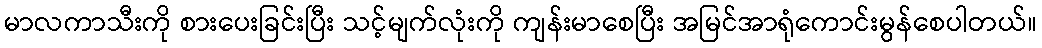
မာလကာသီးကို စားပေးခြင်းပြီး သင့်မျက်လုံးကို ကျန်းမာစေပြီး အမြင်အာရုံကောင်းမွန်စေပါတယ်။